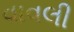
વાવલી